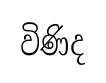
විණිද